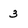
Character: 3